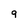
Character: 9